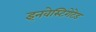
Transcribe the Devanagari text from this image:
इनवेस्टिगेटेड